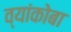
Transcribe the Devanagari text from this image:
व्यांकोबा